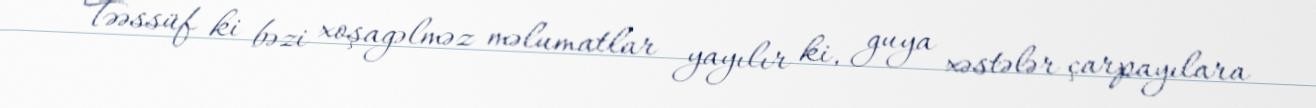
Təəssüf ki bəzi xoşagəlməz məlumatlar yayılır ki, guya xəstələr çarpayılara